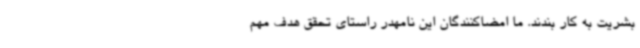
بشریت به کار بندند. ما امضاکنندگان این نامهدر راستای تحقق هدف مهم